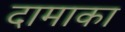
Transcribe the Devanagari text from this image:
दामाका